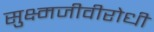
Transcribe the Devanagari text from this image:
सुक्ष्मजीवीरोधी